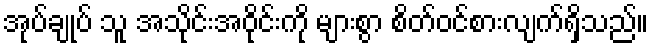
အုပ်ချုပ် သူ အသိုင်းအဝိုင်းကို များစွာ စိတ်ဝင်စားလျက်ရှိသည်။